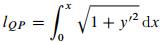
\[l_{QP} = \int_{0}^{x} \sqrt{1 + y'^{2}} \mathrm{d}x\]